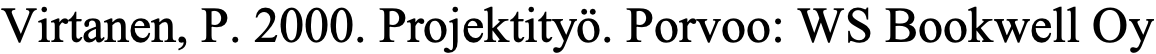
Virtanen, P. 2000. Projektityö. Porvoo: WS Bookwell Oy